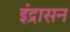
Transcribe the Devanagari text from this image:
इंद्रासन